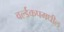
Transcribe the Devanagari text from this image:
वर्ल्डकपमधील